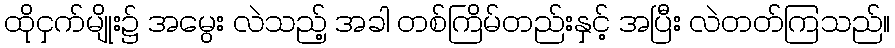
ထိုငှက်မျိုး၌ အမွေး လဲသည့် အခါ တစ်ကြိမ်တည်းနှင့် အပြီး လဲတတ်ကြသည်။